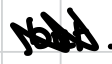
Text: but
Cross-out: zig-zag
Writing tool: digital_black